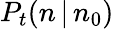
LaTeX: P_{t}(n\, |\, n_{0})